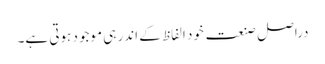
دراصل صنعت خود الفاظ کے اندر ہی موجود ہوتی ہے۔